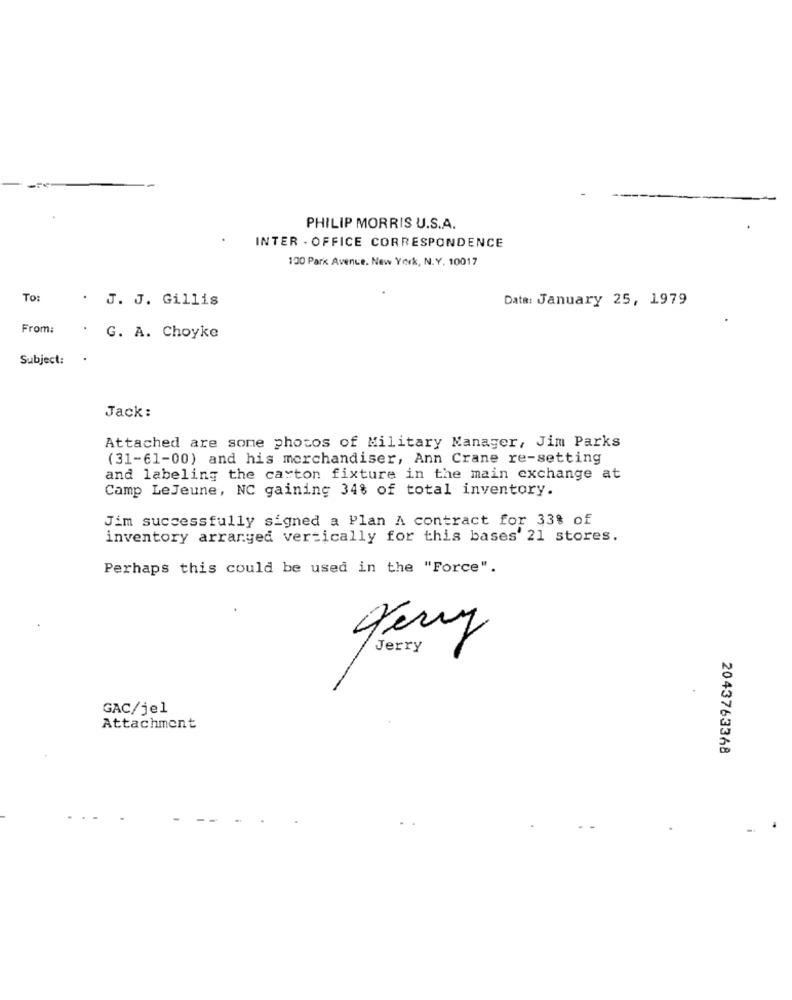
PHILIP MORRIS U.S.A.
INTER - OFFICE CORRESPONDENCE
130 Park Avenue, New York, N.Y. 10017
To:
. J. J. Gillis
Data: January 25, 1979
From:
. G. A. Choyke
Subject:
Jack:
Attached are some photos of Military Manager, Jim Parks
(31-61-00) and his merchandiser, Ann Crane re-setting
and labeling the carton fixture in the main exchange at
Camp LeJeune, NC gaining 34% of total inventory.
Jim successfully signed a Plan A contract for 33% of
inventory arranged vertically for this bases' 21 stores.
Perhaps this could be used in the "Force".
GAC/jel
Attachment
2043763368